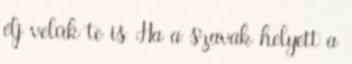
élj velük te is Ha a szavak helyett a